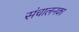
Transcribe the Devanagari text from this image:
संचालनका